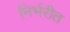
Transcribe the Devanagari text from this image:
निर्भरीत